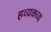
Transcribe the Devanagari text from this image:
हव्यकव्य